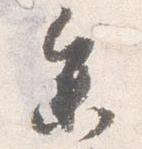
参